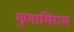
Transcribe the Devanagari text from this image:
गुणाभिराम